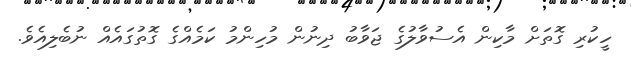
ހީކުރި ގޮތަށް މާކިން އެސުވާލުގެ ޖަވާބު ދިނުން މުހިންމު ކަމެއްގެ ގޮތުގައެއް ނުބެލިއެވެ.